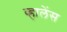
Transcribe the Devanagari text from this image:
व्हालेंस